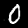
Digit: 0